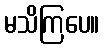
မသိကြပေ။